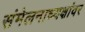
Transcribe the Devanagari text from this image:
संमेलनाध्यक्षांवर